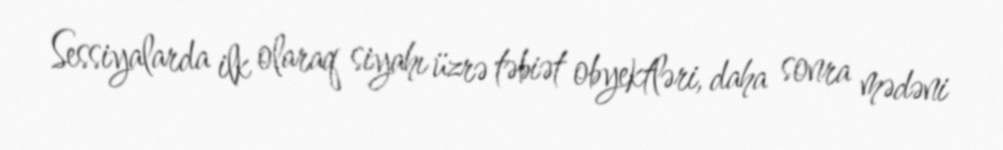
Sessiyalarda ilk olaraq siyahı üzrə təbiət obyektləri, daha sonra mədəni